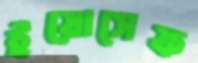
ইয়োসেফ